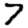
Digit: 7